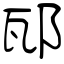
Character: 邷